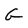
Character: G